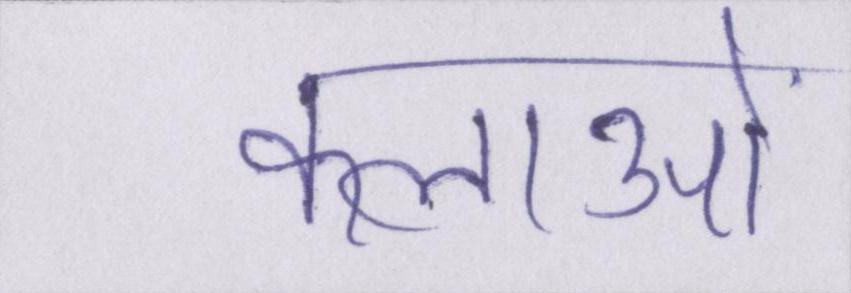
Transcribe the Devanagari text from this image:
कलाओं